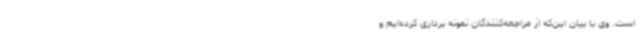
است. وی با بیان این‌که از مراجعه‌کنندگان نمونه برداری کرده‌ایم و